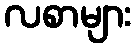
လစာများ